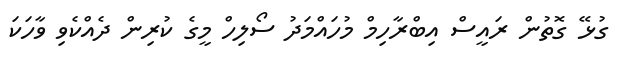
ގުޅޭ ގޮތުން ރައީސް އިބްރާހިމް މުހައްމަދު ސޯލިހް މީގެ ކުރިން ދެއްކެވި ވާހަކަ